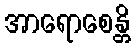
အာရောစေန္တိ